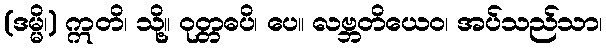
(ဒမ္မိ၊) ဣတိ၊ သို့။ ဝုတ္တဓပိ၊ ပေ။ လဗ္ဘတိယေဝ၊ အပ်သည်သာ၊